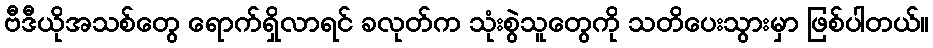
ဗီဒီယိုအသစ်တွေ ရောက်ရှိလာရင် ခလုတ်က သုံးစွဲသူတွေကို သတိပေးသွားမှာ ဖြစ်ပါတယ်။